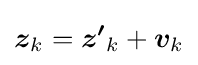
{\boldsymbol {z}}_{k}={\boldsymbol {z'}}_{k}+{\boldsymbol {v}}_{k}